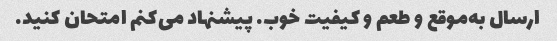
ارسال به‌موقع و طعم و کیفیت خوب. پیشنهاد می‌کنم امتحان کنید.